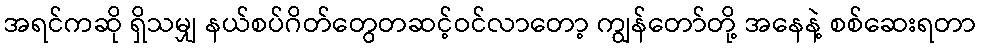
အရင်ကဆို ရှိသမျှ နယ်စပ်ဂိတ်တွေတဆင့်ဝင်လာတော့ ကျွန်တော်တို့ အနေနဲ့ စစ်ဆေးရတာ